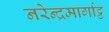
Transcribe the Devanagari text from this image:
नरेन्द्रमार्गाट्ट